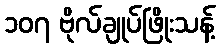
၁၀၇ ဗိုလ်ချုပ်ဖြိုးသန့်